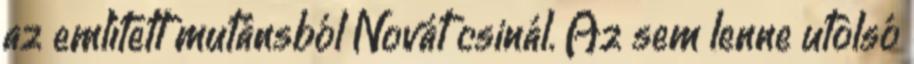
az említett mutánsból Novát csinál. Az sem lenne utolsó